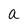
Character: a